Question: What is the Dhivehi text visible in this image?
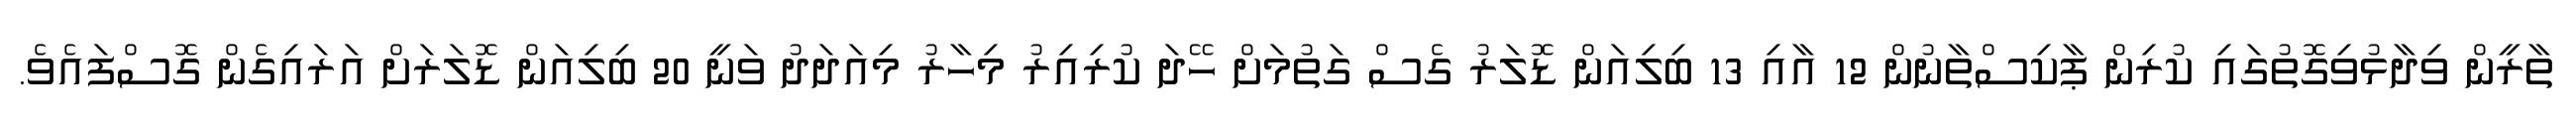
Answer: ތާރީން ވިދާޅުވިގޮތުގައި ކުރިން ޕާކިސްތާނުން 12 އާއި 13 ބިލިއަން ޑޮލަރު ގެސް ގަތުމަށް ހޭދަ ކުރިއިރު މިހާރު މިއަދަދު ވަނީ 20 ބިލިއަން ޑޮލަރަށް އަރައިގެން ގޮސްފައެވެ.